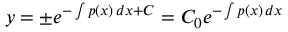
y = \pm e ^ { - \int p ( x ) \, d x + C } = C _ { 0 } e ^ { - \int p ( x ) \, d x }